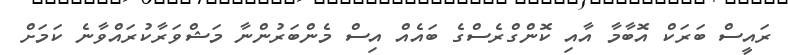
ރައީސް ބަރަކް އޮބާމާ އާއި ކޮންގްރެސްގެ ބައެއް އިސް މެންބަރުންނާ މަޝްވަރާކުރައްވާނެ ކަމަށް